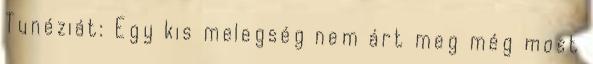
Tunéziát: Egy kis melegség nem árt meg még most